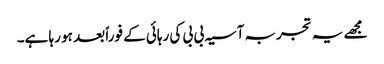
مجھے یہ تجربہ آسیہ بی بی کی رہائی کے فوراً بعد ہو رہا ہے۔